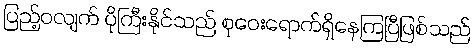
ပြည့်ဝလျက် ပိုကြီးနိုင်သည် စုဝေးရောက်ရှိနေကြပြီဖြစ်သည်